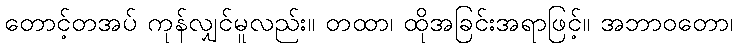
တောင့်တအပ် ကုန်လျှင်မူလည်း။ တထာ၊ ထိုအခြင်းအရာဖြင့်။ အဘာဝတော၊